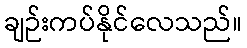
ချဉ်းကပ်နိုင်လေသည်။